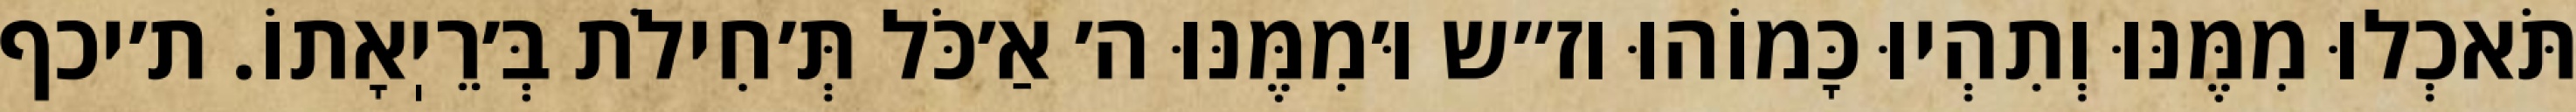
תֹּאכְלוּ מִמֶּנּוּ וְתִהְיוּ כָּמוֹהוּ וז״ש וּ׳מִמֶּנּוּ ה׳ אַ׳כֹּל תְּ׳חִילֹת בְּ׳רֵיֽאָתוֹ. ת׳יכף